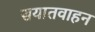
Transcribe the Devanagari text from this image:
सयातवाहन